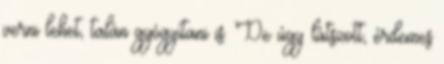
verni lehet, talán gyógyítani is. De úgy látszott, érdemes